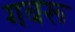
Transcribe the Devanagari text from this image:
गबरू